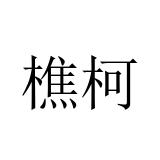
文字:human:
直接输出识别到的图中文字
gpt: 樵柯